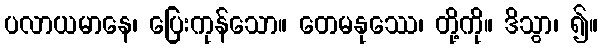
ပလာယမာနေ၊ ပြေးကုန်သော။ တေမနုဿေ၊ တို့ကို။ ဒိသွာ၊ ၍။